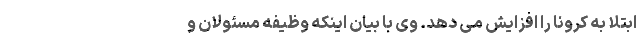
ابتلا به کرونا را افزایش می دهد. وی با بیان اینکه وظیفه مسئولان و